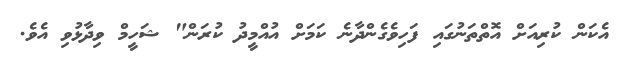
އެކަން ކުރިއަށް އޮތްތަނުގައި ފަހިވެގެންދާނެ ކަމަށް އުއްމީދު ކުރަން" ޝަހީމް ވިދާޅުވި އެވެ.